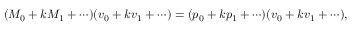
( M _ { 0 } + k M _ { 1 } + \cdots ) ( \boldsymbol { v } _ { 0 } + k \boldsymbol { v } _ { 1 } + \cdots ) = ( p _ { 0 } + k p _ { 1 } + \cdots ) ( \boldsymbol { v } _ { 0 } + k \boldsymbol { v } _ { 1 } + \cdots ) ,